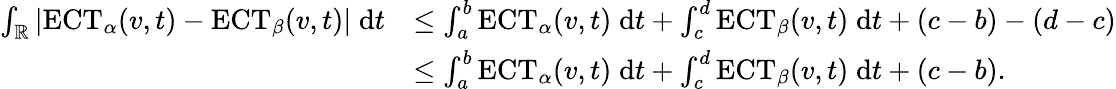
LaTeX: \begin{array}{rl}{\int_{\mathbb{R}}|\mathrm{ECT}_{\alpha}(v,t)-\mathrm{ECT}_{\beta}(v,t)|\; \mathrm{d}t}&{\leq\int_{a}^{b}\mathrm{ECT}_{\alpha}(v,t)\; \mathrm{d}t+\int_{c}^{d}\mathrm{ECT}_{\beta}(v,t)\; \mathrm{d}t+(c-b)-(d-c)}\\ &{\leq\int_{a}^{b}\mathrm{ECT}_{\alpha}(v,t)\; \mathrm{d}t+\int_{c}^{d}\mathrm{ECT}_{\beta}(v,t)\; \mathrm{d}t+(c-b).}\end{array}